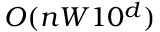
O ( n W 1 0 ^ { d } )